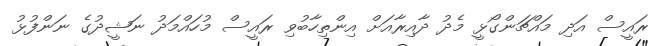
ރައީސް އަދި މައްޗަންގޯޅީ މެދު ދާއިރާއަށް އިންތިހާބުވި ރައީސް މުހައްމަދު ނަޝީދުގެ ނަންފުޅު